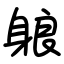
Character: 躴